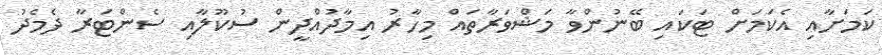
ކަމަށާއި އެކަމަށް ޓަކައި ބޭނުންވާ މަޝްވަރާތައް މިހާރު އިމާދުއްދީން ސުކޫލާއި ސެންޓަރާ ދެމެދު